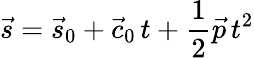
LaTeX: {\vec{s}}={\vec{s}}_{0}+{\vec{c}}_{0}\, t+{\frac{1}{2}}{\vec{p}}\, t^{2}